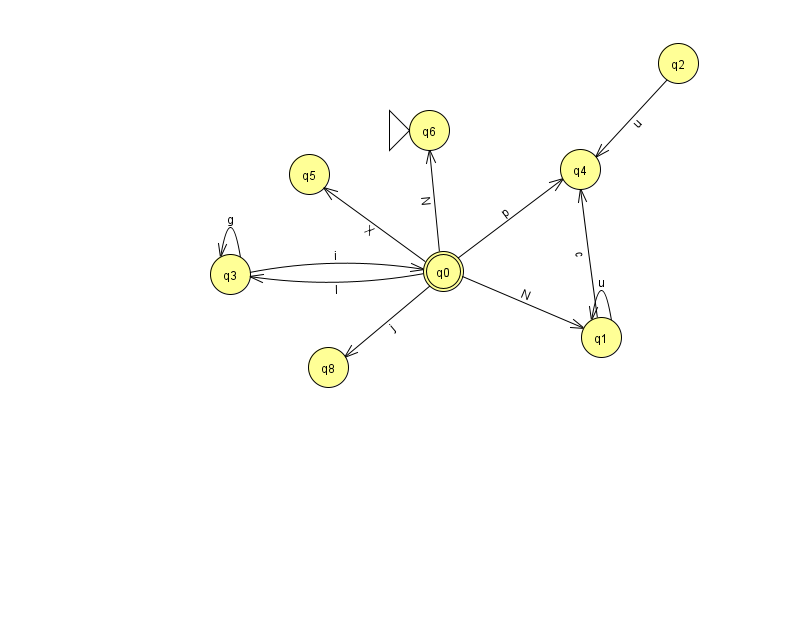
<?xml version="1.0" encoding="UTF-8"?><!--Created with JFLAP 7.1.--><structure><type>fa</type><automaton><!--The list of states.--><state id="0" name="q0"><x>443.0</x><y>258.0</y><final/></state><state id="1" name="q1"><x>601.0</x><y>324.0</y></state><state id="2" name="q2"><x>678.0</x><y>50.0</y></state><state id="3" name="q3"><x>230.0</x><y>261.0</y></state><state id="4" name="q4"><x>580.0</x><y>156.0</y></state><state id="5" name="q5"><x>309.0</x><y>161.0</y></state><state id="6" name="q6"><x>429.0</x><y>117.0</y><initial/></state><state id="8" name="q8"><x>328.0</x><y>354.0</y></state><!--The list of transitions.--><transition><from>0</from><to>5</to><read>X</read></transition><transition><from>0</from><to>1</to><read>N</read></transition><transition><from>0</from><to>3</to><read>l</read></transition><transition><from>1</from><to>4</to><read>c</read></transition><transition><from>1</from><to>1</to><read>u</read></transition><transition><from>3</from><to>0</to><read>i</read></transition><transition><from>0</from><to>6</to><read>N</read></transition><transition><from>3</from><to>3</to><read>g</read></transition><transition><from>0</from><to>8</to><read>j</read></transition><transition><from>0</from><to>4</to><read>p</read></transition><transition><from>2</from><to>4</to><read>u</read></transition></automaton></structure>